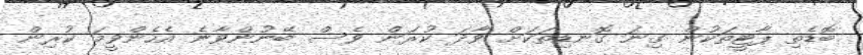
ބޮޑެތި ޕާޓީތަކުން ގިނަ ގޮނޑިތަކަށް ވާދަ ކުރަން ވެސް ބޭނުންވާނެ އެހެންވީމަ ކުރިން